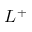
L ^ { + }